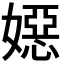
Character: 𡢇